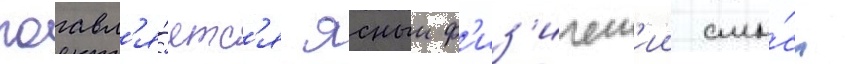
поавл'я́етс'я ясныи ф'из'ическ'ии смы́сл